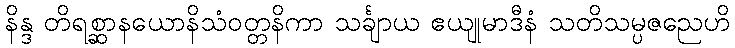
နိန္ဒ တိရစ္ဆာနယောနိသံဝတ္တနိကာ သင်္ချာယ ဧယျုမာဒီနံ သတိသမ္ပဇညေဟိ